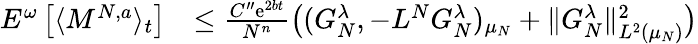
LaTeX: \begin{array}{rl}{E^{\omega}\left[\langle M^{N,a}\rangle_{t}\right]}&{\leq\frac{C^{\prime\prime}\mathrm{e}^{2bt}}{N^{n}}\big((G_{N}^{\lambda},-L^{N}G_{N}^{\lambda})_{\mu_{N}}+\| G_{N}^{\lambda}\| _{L^{2}(\mu_{N})}^{2}\big)}\end{array}